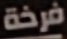
فرخة